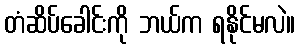
တံဆိပ်ခေါင်းကို ဘယ်က ရနိုင်မလဲ။